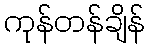
ကုန်တန်ချိန်